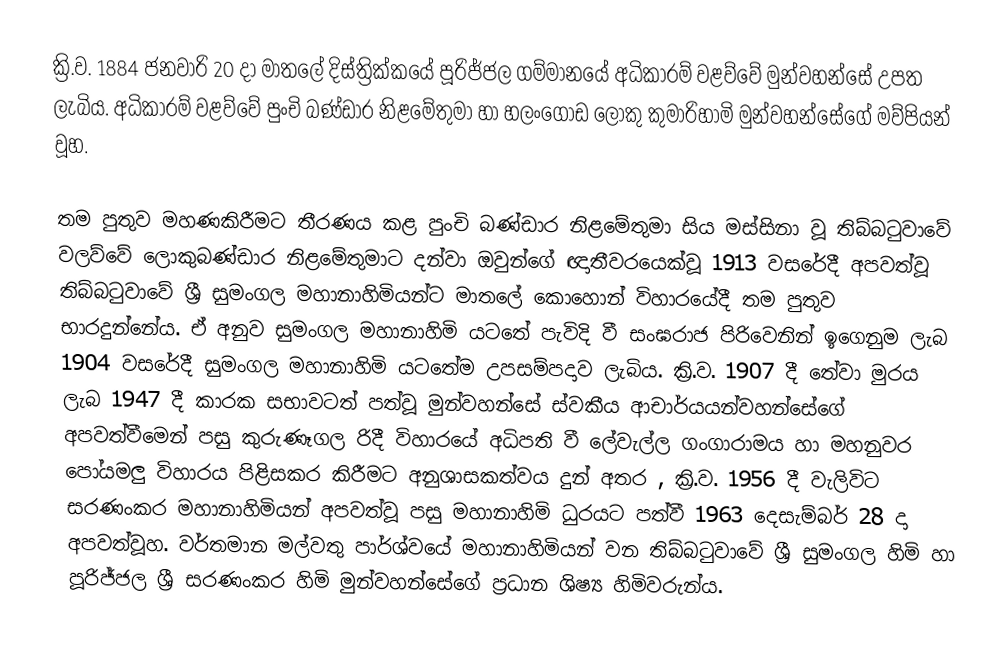
ක්‍රි.ව. 1884 ජනවාරි 20 දා මාතලේ දිස්ත්‍රික්කයේ පූරිජ්ජල ගම්මානයේ අධිකාරම් වළව්වේ මුන්වහන්සේ උපත ලැබිය. අධිකාරම් වළව්වේ පුංචි බණ්ඩාර නිළමේතුමා හා හලංගොඩ ලොකු කුමාරිහාමි මුන්වහන්සේගේ මව්පියන් වූහ.

තම පුතුව මහණකිරීමට තීරණය කළ පුංචි බණ්ඩාර නිළමේතුමා සිය මස්සිනා වූ තිබ්බටුවාවේ වලව්වේ ලොකුබණ්ඩාර නිළමේතුමාට දන්වා ඔවුන්ගේ ඥාතීවරයෙක්වූ 1913 වසරේදී අපවත්වූ තිබ්බටුවාවේ ශ්‍රී සුමංගල මහානාහිමියන්ට මාතලේ කොහොන් විහාරයේදී තම පුතුව භාරදුන්නේය. ඒ අනුව සුමංගල මහානාහිමි යටතේ පැවිදි වී සංඝරාජ පිරිවෙනින් ඉගෙනුම ලැබ 1904 වසරේදී සුමංගල මහානාහිමි යටතේම උපසම්පදාව ලැබිය. ක්‍රි.ව. 1907 දී තේවා මුරය ලැබ 1947 දී කාරක සභාවටත් පත්වූ මුන්වහන්සේ ස්වකීය ආචාර්යයන්වහන්සේගේ අපවත්වීමෙන් පසු කුරුණෑගල රිදී විහාරයේ අධිපති වී ලේවැල්ල ගංගාරාමය හා මහනුවර පෝයමලු විහාරය පිළිසකර කිරීමට අනුශාසකත්වය දුන් අතර , ක්‍රි.ව. 1956 දී වැලිවිට සරණංකර මහානාහිමියන් අපවත්වූ පසු මහානාහිමි ධුරයට පත්වී 1963 දෙසැම්බර් 28 දා අපවත්වූහ. වර්තමාන මල්වතු පාර්ශ්වයේ මහානාහිමියන් වන තිබ්බටුවාවේ ශ්‍රී සුමංගල හිමි හා පූරිජ්ජල ශ්‍රී සරණංකර හිමි මුන්වහන්සේගේ ප්‍රධාන ශිෂ්‍ය හිමිවරුන්ය.